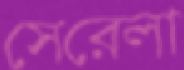
সেরেলা